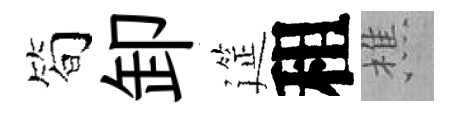
简卸筵租樵